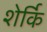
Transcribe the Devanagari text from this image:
शेर्कि